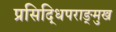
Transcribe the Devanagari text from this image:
प्रसिद्धिपराङ्‍मुख